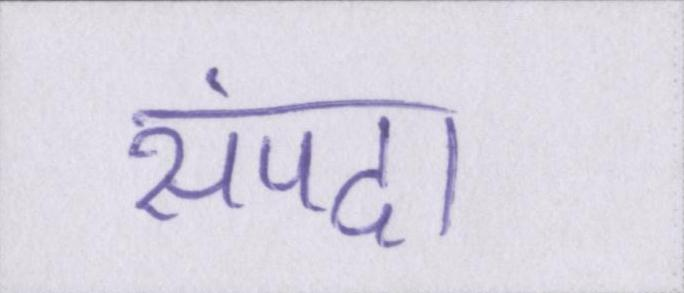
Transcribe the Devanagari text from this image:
संपदा